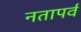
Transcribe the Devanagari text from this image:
नतापर्व